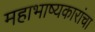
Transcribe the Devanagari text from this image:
महाभाष्यकारांचा